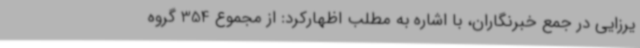
یرزایی در جمع خبرنگاران، با اشاره به مطلب اظهارکرد: از مجموع 354 گروه